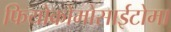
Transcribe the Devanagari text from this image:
फियोक्रोमोसाईटोमा